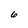
Character: 6